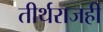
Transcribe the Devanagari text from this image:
तीर्थराजही